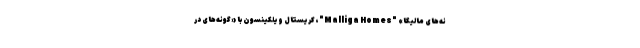
نه‌های مالیگا» "Malliga Homes"، کریستال ویلکینسون با «گونه‌های در